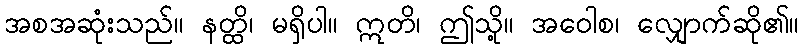
အစအဆုံးသည်။ နတ္ထိ၊ မရှိပါ။ ဣတိ၊ ဤသို့။ အဝေါစ၊ လျှောက်ဆို၏။